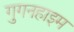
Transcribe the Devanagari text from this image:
गुगनहाइम